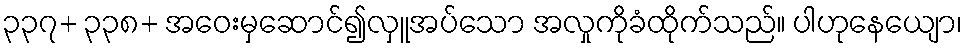
၃၃၇+ ၃၃၈+ အဝေးမှဆောင်၍လှူအပ်သော အလှုကိုခံထိုက်သည်။ ပါဟုနေယျော၊